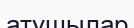
атушылар